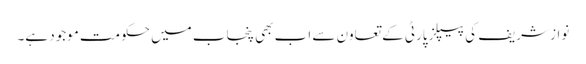
نواز شریف کی پیپلز پارٹی کے تعاون سے اب بھی پنجاب میں حکومت موجود ہے۔